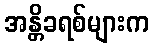
အန္တိခရစ်များက